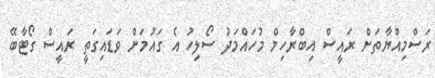
ރަސްމިއްޔާތަށް ރައީސް އިބްރާހިމް މުހައްމަދު ސޯލިހު އެ ގައުމަށް ވަޑައިގަތީ ރައީސް ގޯޓާބޭ